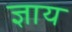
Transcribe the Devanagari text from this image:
ज्ञाय